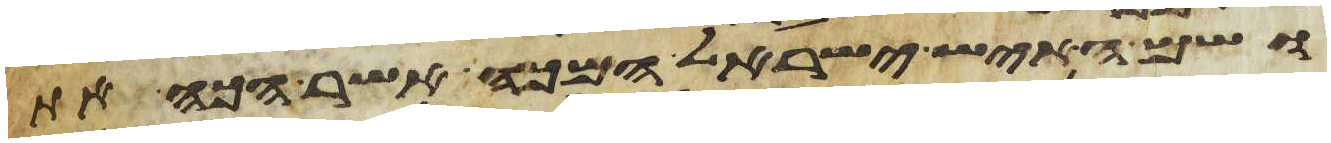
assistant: ושם האיש ישראל המכה אשר הכה את